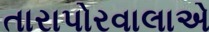
તારાપોરવાલાએ